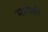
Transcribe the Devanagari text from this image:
भारेली